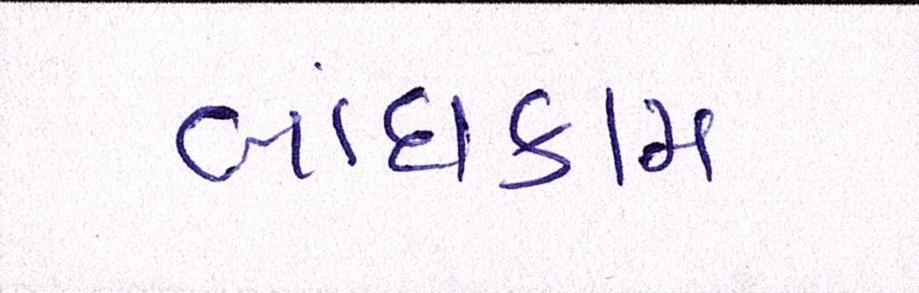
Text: બાંધકામ